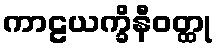
ကာဠယက္ခိနီဝတ္ထု